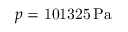
p = \ensuremath { \mathrm { 1 0 1 3 2 5 } } \ensuremath { \, } \ensuremath { \mathrm { P a } }